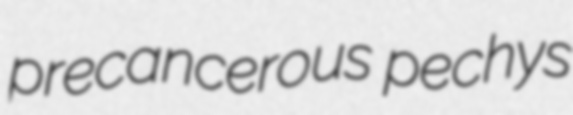
precancerous pechys